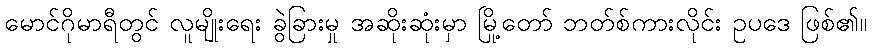
မောင်ဂိုမာရီတွင် လူမျိုးရေး ခွဲခြားမှု အဆိုးဆုံးမှာ မြို့တော် ဘတ်စ်ကားလိုင်း ဥပဒေ ဖြစ်၏။